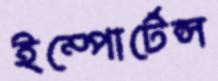
ইম্পোর্টেন্স